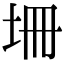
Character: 𡊢